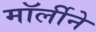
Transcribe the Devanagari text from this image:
मॉर्लीने